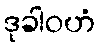
ဒုခါဝဟံ